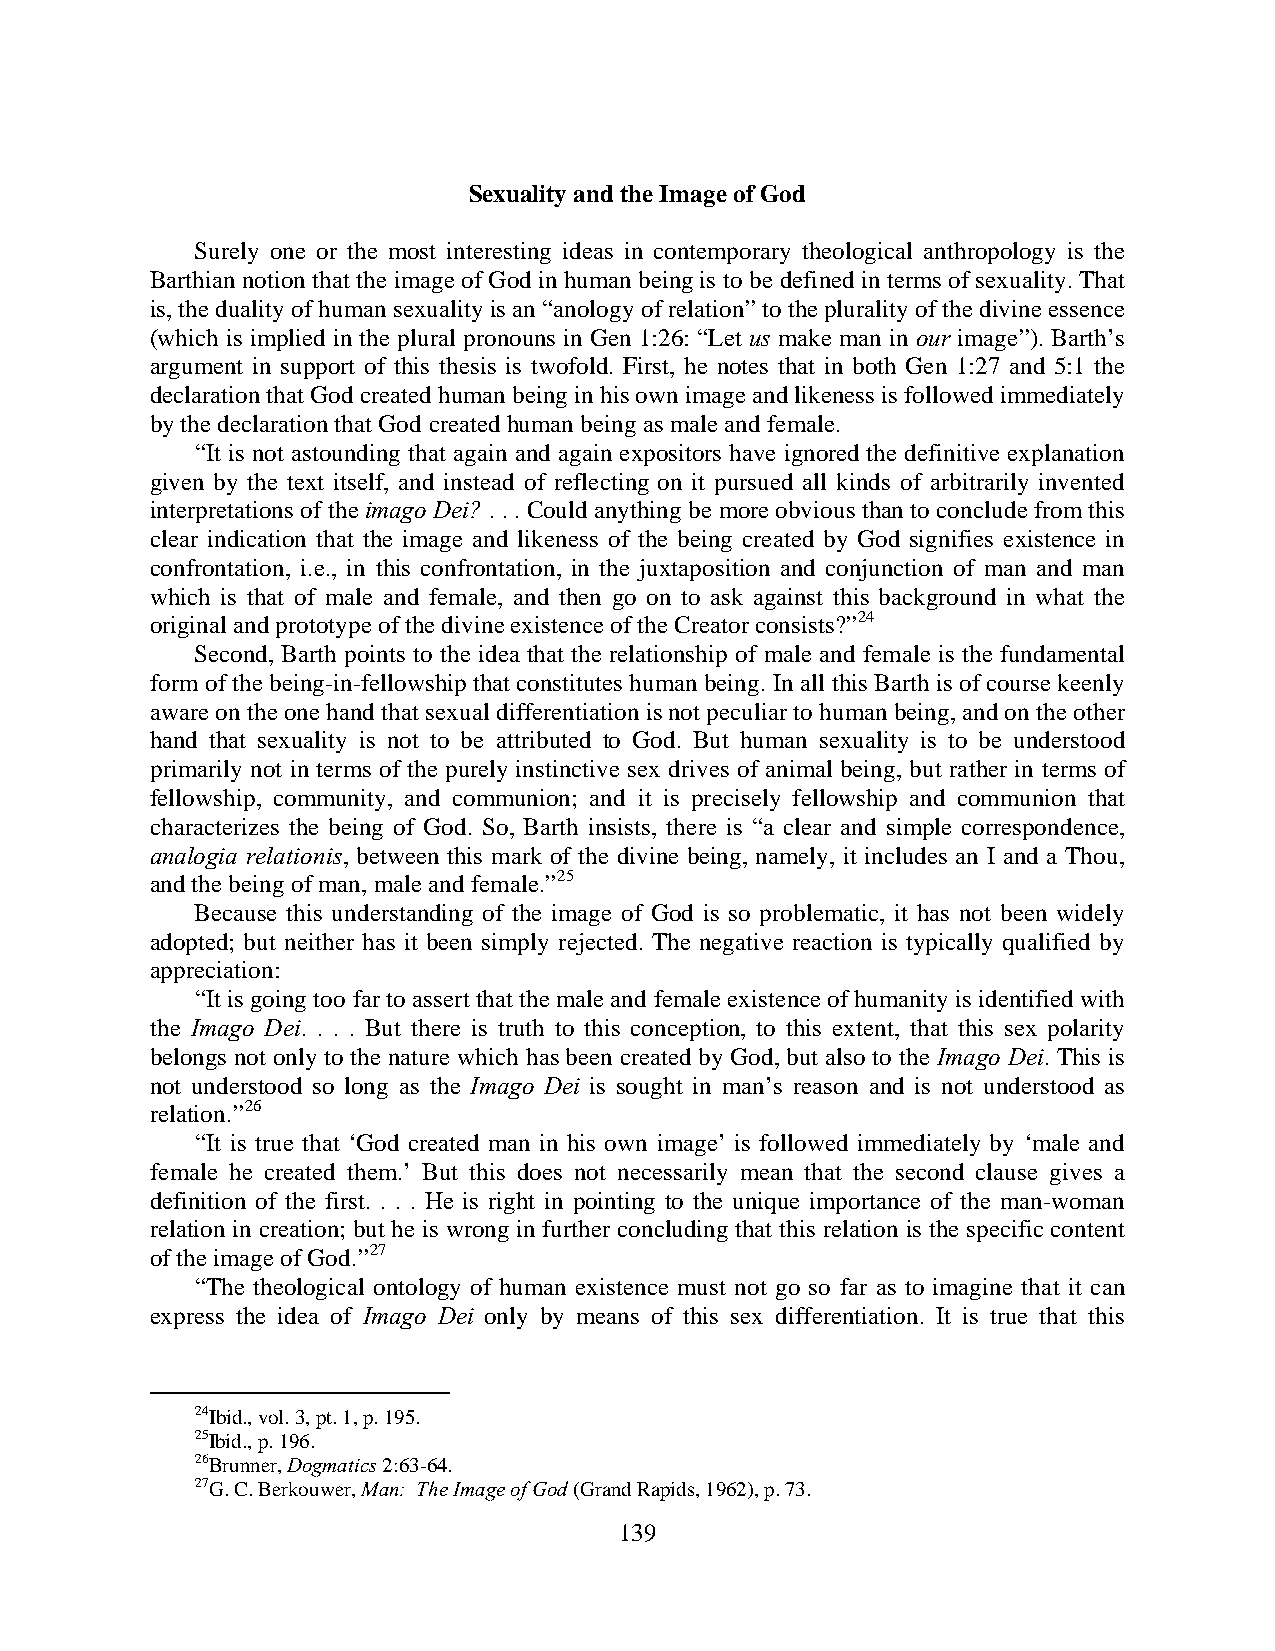
Sexuality and the Image of God
 Surely one or the most interesting ideas in contemporary theological anthropology is the
 Barthian notion that the image of God in human being is to be defined in terms of sexuality. That
 is, the duality of human sexuality is an “anology of relation” to the plurality of the divine essence
 (which is implied in the plural pronouns in Gen 1:26: “Let us make man in our image”). Barth’s
 argument in support of this thesis is twofold. First, he notes that in both Gen 1:27 and 5:1 the
 declaration that God created human being in his own image and likeness is followed immediately
 by the declaration that God created human being as male and female.
 “It is not astounding that again and again expositors have ignored the definitive explanation
 given by the text itself, and instead of reflecting on it pursued all kinds of arbitrarily invented
 interpretations of the imago Dei? . . . Could anything be more obvious than to conclude from this
 clear indication that the image and likeness of the being created by God signifies existence in
 confrontation, i.e., in this confrontation, in the juxtaposition and conjunction of man and man
 which is that of male and female, and then go on to ask against this background in what the
 original and prototype of the divine existence of the Creator consists?”24
 Second, Barth points to the idea that the relationship of male and female is the fundamental
 form of the being-in-fellowship that constitutes human being. In all this Barth is of course keenly
 aware on the one hand that sexual differentiation is not peculiar to human being, and on the other
 hand that sexuality is not to be attributed to God. But human sexuality is to be understood
 primarily not in terms of the purely instinctive sex drives of animal being, but rather in terms of
 fellowship, community, and communion; and it is precisely fellowship and communion that
 characterizes the being of God. So, Barth insists, there is “a clear and simple correspondence,
 analogia relationis, between this mark of the divine being, namely, it includes an I and a Thou,
 and the being of man, male and female.”25
 Because this understanding of the image of God is so problematic, it has not been widely
 adopted; but neither has it been simply rejected. The negative reaction is typically qualified by
 appreciation:
 “It is going too far to assert that the male and female existence of humanity is identified with
 the Imago Dei. . . . But there is truth to this conception, to this extent, that this sex polarity
 belongs not only to the nature which has been created by God, but also to the Imago Dei. This is
 not understood so long as the Imago Dei is sought in man’s reason and is not understood as
 relation.”26
 “It is true that ‘God created man in his own image’ is followed immediately by ‘male and
 female he created them.’ But this does not necessarily mean that the second clause gives a
 definition of the first. . . . He is right in pointing to the unique importance of the man-woman
 relation in creation; but he is wrong in further concluding that this relation is the specific content
 of the image of God.”27
 “The theological ontology of human existence must not go so far as to imagine that it can
 express the idea of Imago Dei only by means of this sex differentiation. It is true that this
 24Ibid., vol. 3, pt. 1, p. 195.
 25Ibid., p. 196.
 26Brunner, Dogmatics 2:63-64.
 27G. C. Berkouwer, Man: The Image of God (Grand Rapids, 1962), p. 73.
 139